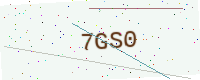
Text: 7GS0